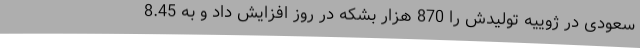
سعودی در ژوییه تولیدش را 870 هزار بشکه در روز افزایش داد و به 8.45